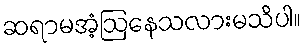
ဆရာမအံ့ဩနေသလားမသိပါ။